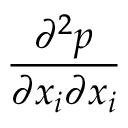
\frac { { { \partial } ^ { 2 } } { p } } { \partial { { x } _ { i } } \partial { { x } _ { i } } }